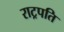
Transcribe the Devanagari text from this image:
राट्रपति